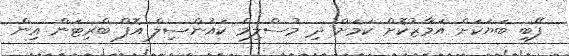
ފޭބި ބަޔަކަށް އަމާޒުކޮށް ކަމަށް ދި މުސްލިމް ކައުންސިލް އޮފް ބްރިޓަން އިން